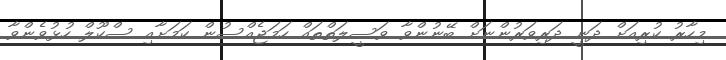
މިހާރު ކުރިއަށް ދަނީ ދަރިވަރުންނަށް ބޭނުންވާ ވަސީލަތްތައް ހަމަޖެއްސުން ކަމަށާއި ސްކޫލް ހުޅުވެންވާ